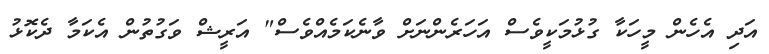
އަދި އެހެން މީހަކާ ގުޅުމަކީވެސް އަހަރެންނަށް ވާނެކަމެއްވެސް" އަރީޝް ވަގުތުން އެކަމާ ދެކޮޅު